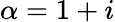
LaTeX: \alpha=1+i